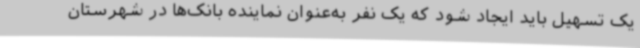
یک تسهیل باید ایجاد شود که یک نفر به‌عنوان نماینده بانک‌ها در شهرستان